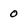
Character: o